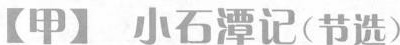
【甲】小石潭记(节选)